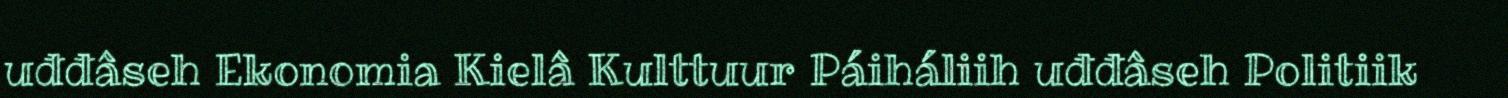
uđđâseh Ekonomia Kielâ Kulttuur Páiháliih uđđâseh Politiik